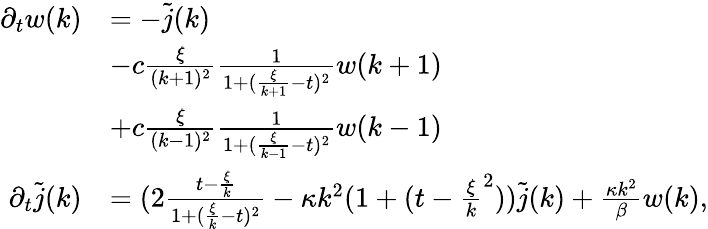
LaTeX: \begin{array}{rl}{\partial_{t}w(k)}&{=-\tilde{j}(k)}\\ &{-c\frac\xi{(k+1)^{2}}\frac 1{1+(\frac\xi{k+1}-t)^{2}}w(k+1)}\\ &{+c\frac\xi{(k-1)^{2}}\frac 1{1+(\frac\xi{k-1}-t)^{2}}w(k-1)}\\ {\partial_{t}\tilde{j}(k)}&{=(2\frac{t-\frac\xi k}{1+(\frac\xi k-t)^{2}}-\kappa k^{2}(1+(t-\frac\xi k^{2}))\tilde{j}(k)+\frac{\kappa k^{2}}\beta w(k),}\end{array}